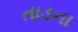
તાડના